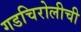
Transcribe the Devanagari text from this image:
गडचिरोलीची